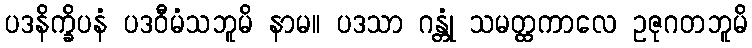
ပဒနိက္ခိပနံ ပဒဝီမံသဘူမိ နာမ။ ပဒသာ ဂန္တုံ သမတ္ထကာလေ ဥဇုဂတဘူမိ